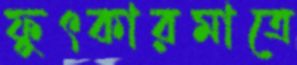
ফুৎকারমাত্রে